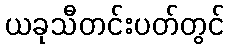
ယခုသီတင်းပတ်တွင်